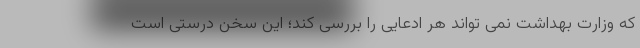
که وزارت بهداشت نمی تواند هر ادعایی را بررسی کند؛ این سخن درستی است